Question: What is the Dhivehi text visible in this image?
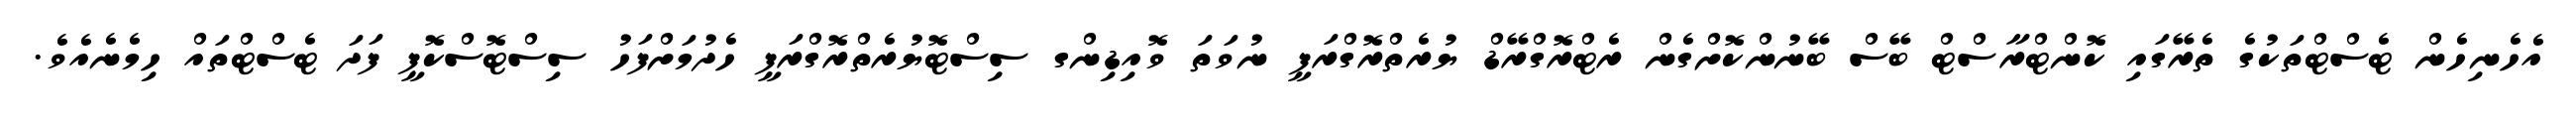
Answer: އެހެނިހެން ޓެސްޓްތަކުގެ ތެރޭގައި ކޮންޓްރާސްޓް ބޭސް ބޭނުންކޮށްގެން ރެޓްރޮގްރޭޑް ޔުރެތްރޮގްރަފީ ނުވަތަ ވޮއިޑިންގ ސިސްޓޮޔުރެތްރޮގްރަފީ ހެދުމަށްފަހު ސިސްޓޮސްކޮޕީ ފަދަ ޓެސްޓްތައް ހިމެނެއެވެ.